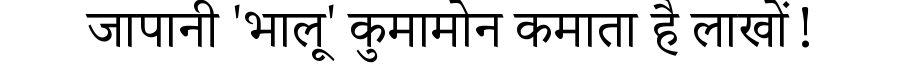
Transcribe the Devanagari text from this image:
जापानी 'भालू' कुमामोन कमाता है लाखों!